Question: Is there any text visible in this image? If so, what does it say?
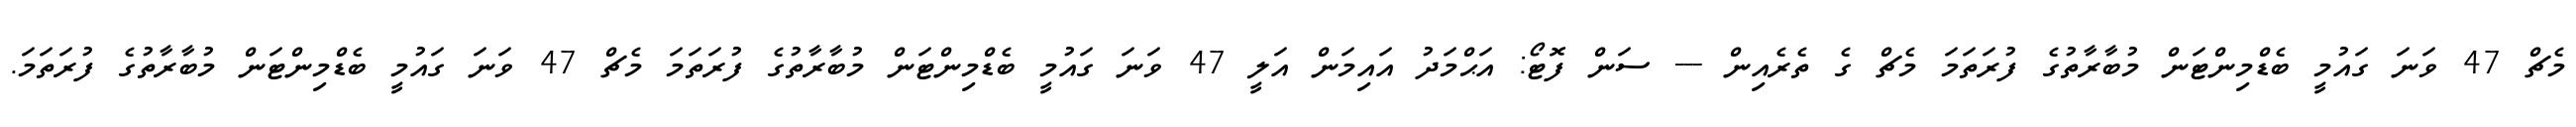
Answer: މެޗް 47 ވަނަ ގައުމީ ބެޑްމިންޓަން މުބާރާތުގެ ފުރަތަމަ މެޗް ގެ ތެރެއިން --- ސަން ފޮޓޯ: އަޙްމަދު އައިމަން އަލީ 47 ވަނަ ގައުމީ ބެޑްމިންޓަން މުބާރާތުގެ ފުރަތަމަ މެޗް 47 ވަނަ ގައުމީ ބެޑްމިންޓަން މުބާރާތުގެ ފުރަތަމަ.